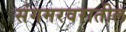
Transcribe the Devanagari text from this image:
संगमरवरातील